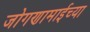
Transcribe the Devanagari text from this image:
जोगणामाईच्या